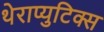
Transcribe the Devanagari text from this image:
थेराप्युटिक्स